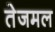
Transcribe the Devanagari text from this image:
तेजमल